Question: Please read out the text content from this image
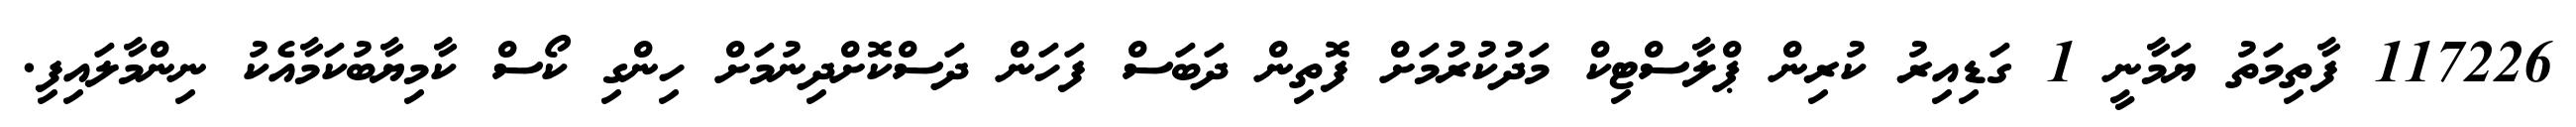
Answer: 117226 ފާތިމަތު ޔަމާނީ 1 ގަޑިއިރު ކުރިން ޕްލާސްޓިކް މަދުކުރުމަށް ފޮތިން ދަބަސް ފަހަން ދަސްކޮށްދިނުމަށް ހިންގި ކޯސް ކާމިޔާބުކަމާއެކު ނިންމާލައިފި.